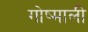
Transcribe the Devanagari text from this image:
गोष्माली